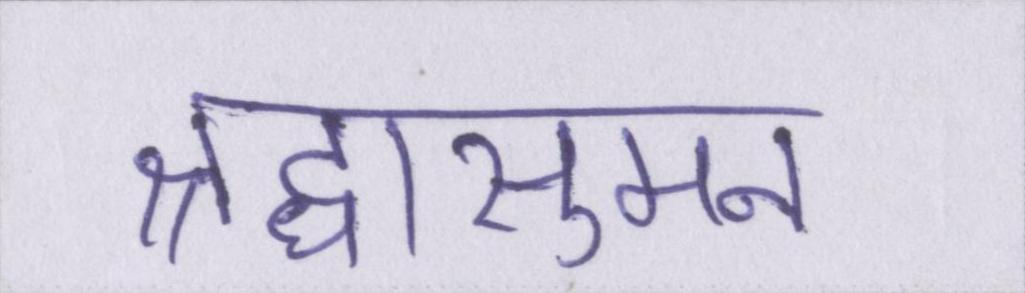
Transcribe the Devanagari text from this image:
श्रद्धासुमन